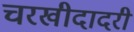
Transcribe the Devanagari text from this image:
चरखीदादरी